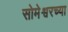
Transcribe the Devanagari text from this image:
सोमेश्वरच्या